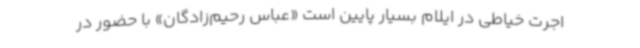
اجرت خیاطی در ایلام بسیار پایین است «عباس رحیم‌زادگان» با حضور در